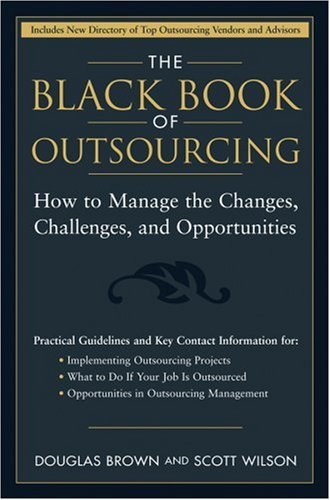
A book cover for The Black Book of Outsourcing: How to Manage the Changes, Challenges, and Opportunities; Douglas Brown; Business & Money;